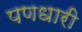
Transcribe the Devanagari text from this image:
पणधारी